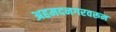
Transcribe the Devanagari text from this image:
अहमदनगरवरून